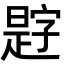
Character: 𪰿